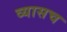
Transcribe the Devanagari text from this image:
व्यासच